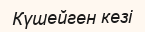
Күшейген кезі